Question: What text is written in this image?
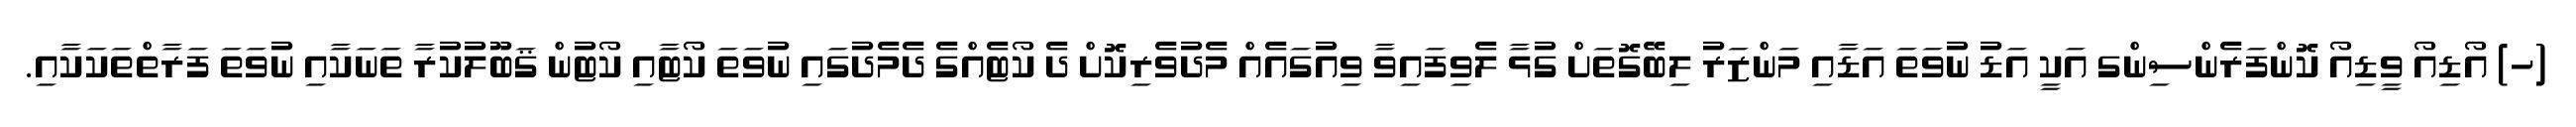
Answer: (ހ) އޯޑިއޯ ވީޑިއޯ ކޮންފަރެންސިންގ އަކީ އަޑު ނުވަތަ އަޑާއި މަންޒަރު ލިބޭގޮތަށް ގުޅާ ލެވިފައިވާ ވިއުގައެއް މެދުވެރިކޮށް ދެ ކޯޓެއްގެ ދެމެދުގައި ނުވަތަ ކޯޓާއި ކޯޓުން ޤަބޫލުކުރާ ތަނަކާއި ނުވަތަ ފަރާތްތަކަކާއި.